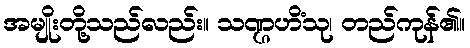
အမျိုးတို့သည်လည်း။ သဏ္ဌဟိံသု၊ တည်ကုန်၏။